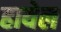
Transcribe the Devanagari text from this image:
हायेल